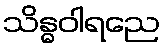
သိန္ဓဝါရညေ